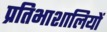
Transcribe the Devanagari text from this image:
प्रतिभाशालियों